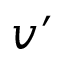
\boldsymbol { v ^ { \prime } }